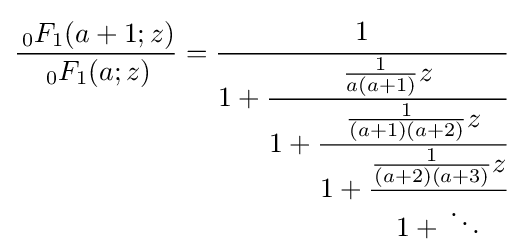
{\frac {\,_{0}F_{1}(a+1;z)}{\,_{0}F_{1}(a;z)}}={\cfrac {1}{1+{\cfrac {{\frac {1}{a(a+1)}}z}{1+{\cfrac {{\frac {1}{(a+1)(a+2)}}z}{1+{\cfrac {{\frac {1}{(a+2)(a+3)}}z}{1+{}\ddots }}}}}}}}